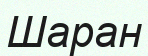
Шаран